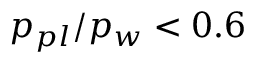
p _ { p l } / p _ { w } < 0 . 6